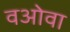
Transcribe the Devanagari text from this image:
वओवा